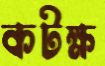
কটক্ষ